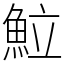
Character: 𩶘